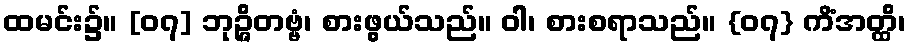
ထမင်း၌။ [၀၇] ဘုဉ္ဇိတဗ္ဗံ၊ စားဖွယ်သည်။ ဝါ၊ စားစရာသည်။ {၀၇} ကိံအတ္ထိ၊